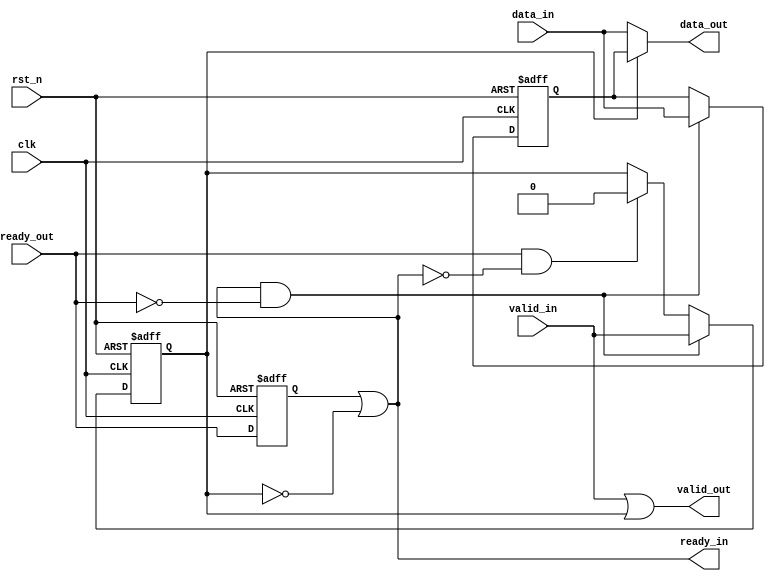
module ready_beats #(
    parameter DATA_WD =8
)(
    input                  clk,
    input                  rst_n,
    
    input                  valid_in,
    input  [DATA_WD-1 : 0] data_in,
    output                 ready_in,

    output                 valid_out,
    output [DATA_WD-1 : 0] data_out,
    input                  ready_out 
);

reg [DATA_WD-1 : 0] data_r;
reg                 valid_r;
reg                 ready_r;

wire fire_in  = valid_in  && ready_in;
wire fire_out = valid_out && ready_out;

always @(posedge clk or negedge rst_n) begin
    if (!rst_n) begin
        valid_r <= 1'b0;
        data_r  <=  'b0;
    end
    else begin
        if (ready_in && !ready_out) begin
            valid_r <= valid_in;
            data_r  <= data_in;
        end
        else if (ready_out && !ready_in) begin
            valid_r <= 1'b0;
        end
    end
end

always @(posedge clk or negedge rst_n) begin
    if (!rst_n) begin
        ready_r <= 1'b0;
    end
    else begin
        ready_r <= ready_out;
    end
end

assign valid_out = valid_in || valid_r;
assign data_out  = valid_r ? data_r : data_in;
assign ready_in  = ready_r  || !valid_r;

endmodule